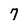
Character: 7